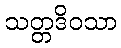
သတ္တဒိဝသာ